Report of the Imperial Institute of Veterinary Research, Muktesar
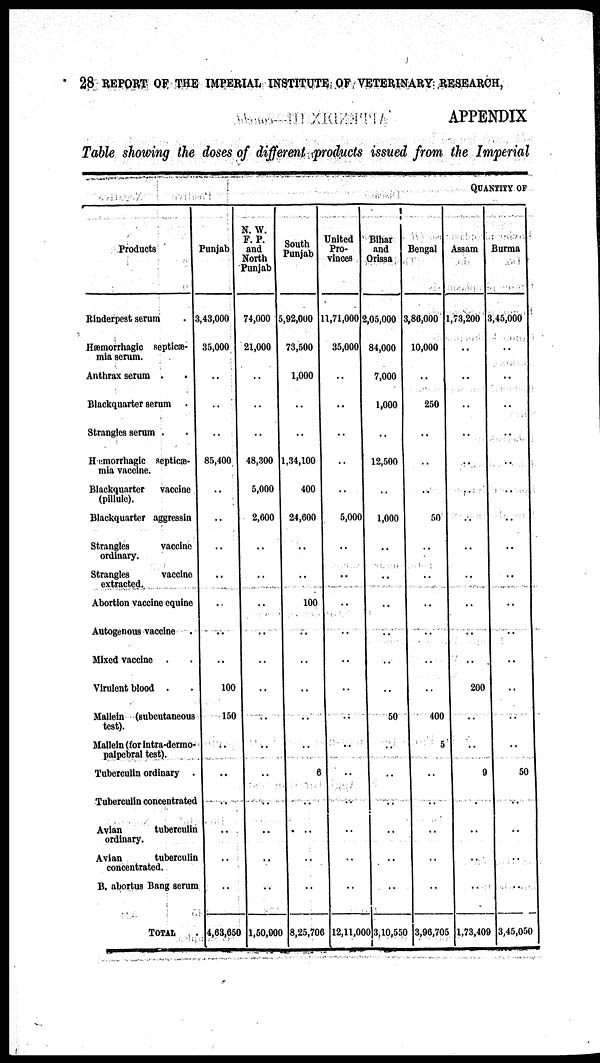
28 REPORT OF THE IMPERIAL INSTITUTE OF VETERINARY RESEARCH,
APPENDIX
Table showing the doses of different products issued from the Imperial
QUANTITY OF
Products
Rinderpest serum
Hæmorrhagic septicæ-
mia serum.
Anthrax serum .
Blackquarter serum
Strangles serum .
Hæmorrhagic septicæ-
mia Vaccine.
Blackquarter
vaccine
(pillule).
Blackquarter aggressin
Strangles
Vaccine
ordinary.
Strangles
Vaccine
extracted.
Abortion vaccine equine
Autogenous vaccine
Mixed Vaccine . .
Virulent blood . .
Mallein (subcutaneous
test).
Mallein (for intra-dermo-
palpebral test).
Tuberculin ordinary .
Tuborculin concentrated
Avian
tuberculin
ordinary.
Avian
tuberculin
concentrated.
B. abortus Bang serum
TOTAL
Punjab
3,43,000
35,000
..
..
85,400
..
..
..
..
..
..
..
100
150
..
..
..
..
...
..
4,63,650
N.W.
F. P.
and
North
Punjab
74,000
21,000
..
..
48,300
5,000
2,600
..
..
..
..
..
..
..
..
..
..
..
..
..
1,50,000
South
Punjab
5,92,000
73,500
1,000
..
1,34,100
400
24,600
..
..
100
..
..
..
..
..
6
..
..
..
..
8,25,706
United
Pro-
vinces
11,71,000
35,000
..
..
..
..
5,000
..
..
..
..
..
..
..
..
..
..
..
..
..
12,11,000
Bihar
and
Orissa
2,05,000
84,000
7,000
1,000
12,500
..
1,000
..
..
..
..
..
..
50
..
..
..
...
..
..
3,10,550
Bengal
3,86,000
10,000
..
250
..
..
50
..
..
..
..
..
..
400
5
..
..
..
..
..
3,96,705
Assam
1,73,200
..
..
..
..
..
..
..
..
..
..
200
..
..
9
..
..
..
..
1,73,409
Burma
3,45,000
..
..
..
..
..
..
..
..
..
..
..
..
50
..
..
..
..
3,45,050